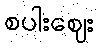
စပါးဈေး